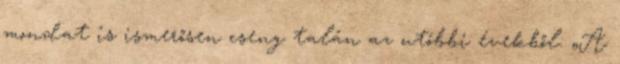
mondat is ismerősen cseng talán az utóbbi évekből: „A